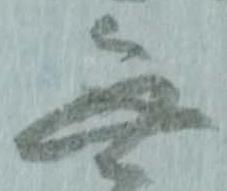
無